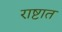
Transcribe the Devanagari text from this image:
राष्टात